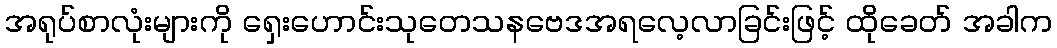
အရုပ်စာလုံးများကို ရှေးဟောင်းသုတေသနဗေဒအရလေ့လာခြင်းဖြင့် ထိုခေတ် အခါက